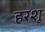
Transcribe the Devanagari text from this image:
हरशू